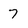
Character: 7